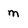
Character: m